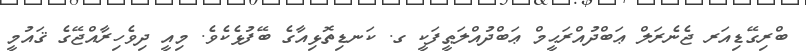
ބްރިގޭޑިއަރ ޖެނެރަލް ޢަބްދުއްރަޙީމް ޢަބްދުއްލަޠީފަކީ ގ. ކަނޑިތޮޅިއާގެ ބޭފުޅެކެވެ. މިއީ ދިވެހިރާއްޖޭގެ ޤައުމީ